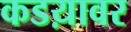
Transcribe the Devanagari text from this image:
कडय़ावर